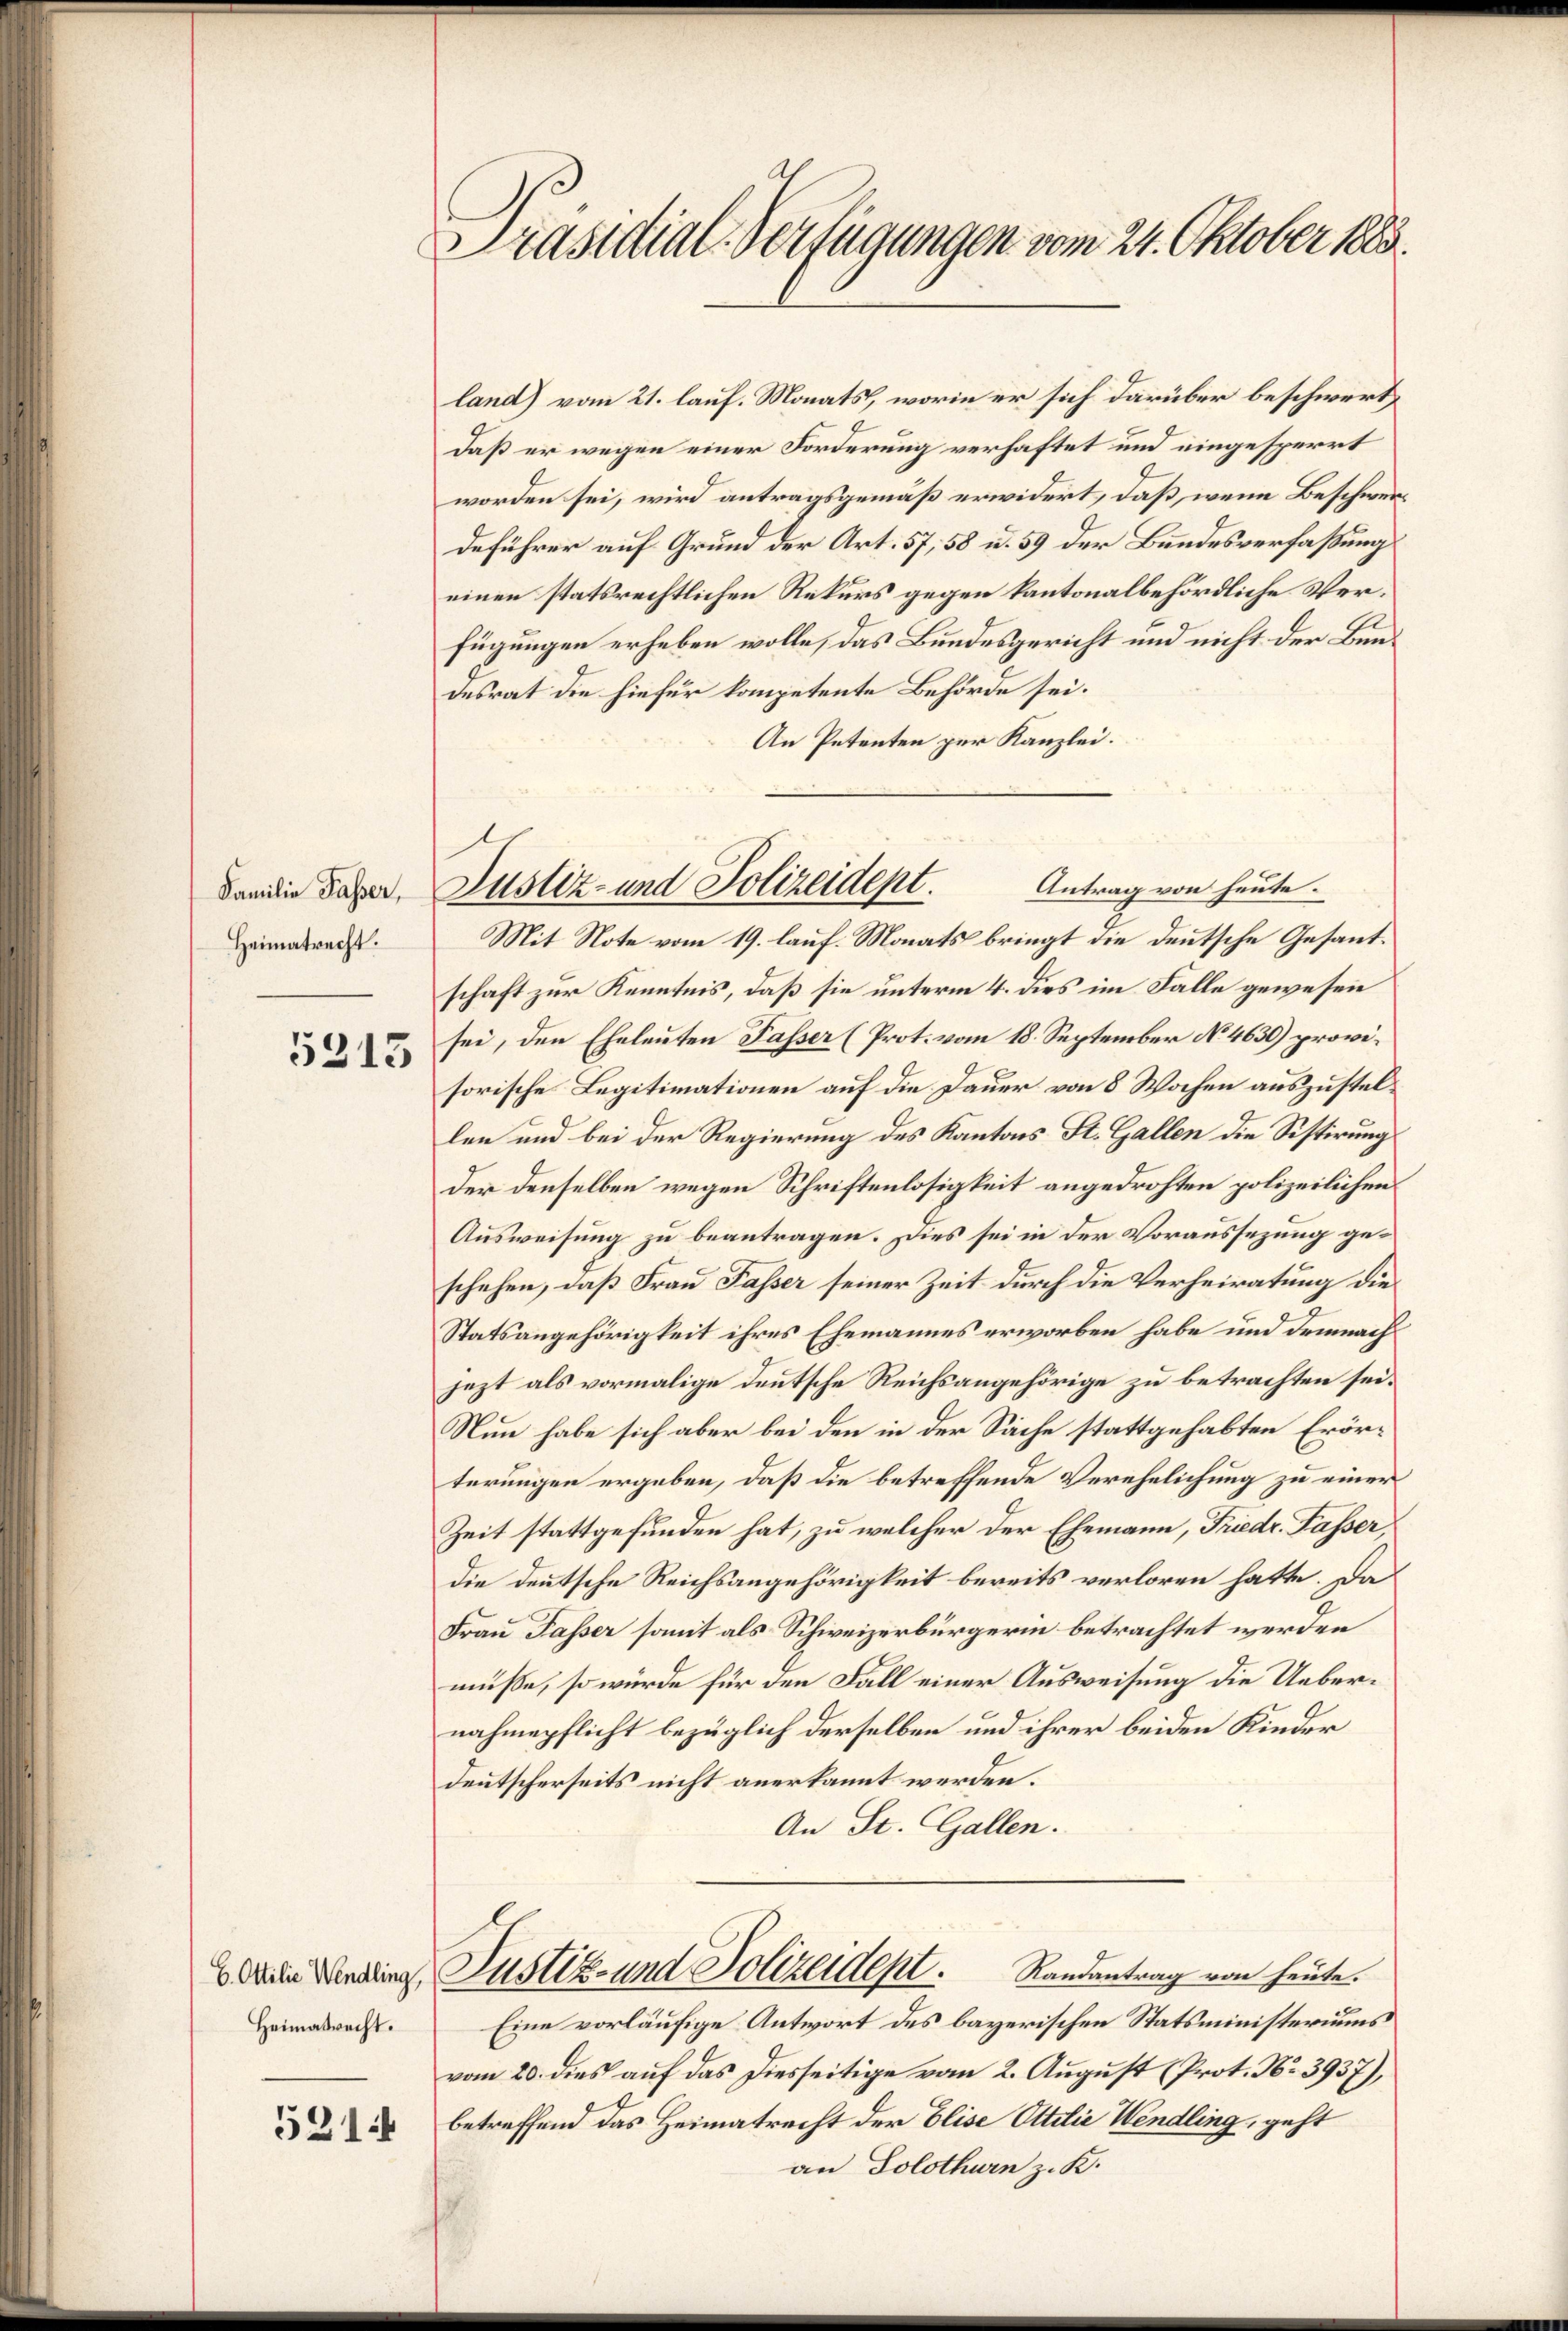
Familie Passer,
Heimatrecht.

5313

6. Ottilie Wendling,
Heimatrecht.

5214

Präsidial-Verfügungen vom 21. Oktober 1883

land) vom 21. lauf. Monats, worin er sich darüber beschwert,
daß er wegen einer Forderung verhaftet und eingesperrt
worden sei, wird antragsgemäß erwidert, daß, wenn Beschwerdeführer auf Grund der Art. 57, 58 u. 59 der Bundesverfaßung
einen statsrechtlichen Rekurs gegen kantonalbehördliche Verfügungen erheben wolle, das Bundesgericht und nicht der Bundesrat die hiefür kompetente Behörde sei.
An Petenten per Kanzlei.
Antrag von heute.
Mit Note vom 19. lauf. Monats bringt die deutsche Gesantschaft zur Kenntnis, daß sie unterm 4. dies im Falle gewesen
sei, den Eheleuten Passer (Prot. vom 18. September No. 4630) provisorische Legitimationen auf die Dauer von 8 Wochen auszustellen und bei der Regierung des Kantons St. Gallen die Sistirung
der denselben wegen Schriftenlosigkeit angedrohten polizeilichen
Ausweisung zu beantragen. Dies sei in der Voraussezung geschehen, daß Frau Fasser seiner Zeit durch die Verheiratung die
Statsangehörigkeit ihres Ehemannes erworben habe und demnach
jezt als vormalige deutsche Reichsangehörige zu betrachten sei.
Nun habe sich aber bei den in der Sache stattgehabten Erörterungen ergeben, daß die betreffende Verehelichung zu einer
Zeit stattgefunden hat, zu welcher der Ehemann, Friedr. Fasser,
die deutsche Reichsangehörigkeit bereits verloren hatte. Da
Frau Passer somit als Schweizerbürgerin betrachtet werden
müße, so würde für den Fall einer Ausweisung die Uebernahmepflicht bezüglich derselben und ihrer beiden Kinder
deutscherseits nicht anerkannt werden.
An St. Gallen.
Justiz- und Polizeidept. Randantrag von heute.
Eine vorläufige Antwort des bayerischen Statsministeriums
vom 20. dies auf das Diesseitige vom 2. August (Prot. No. 3937),
betreffend das Heimatrecht der Elise Ottilie Wendling, geht
an Solothurn z. K.

Justiz- und Polizeidept.